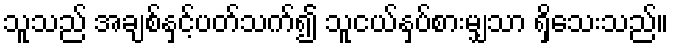
သူသည် အချစ်နှင့်ပတ်သက်၍ သူငယ်နှပ်စားမျှသာ ရှိသေးသည်။